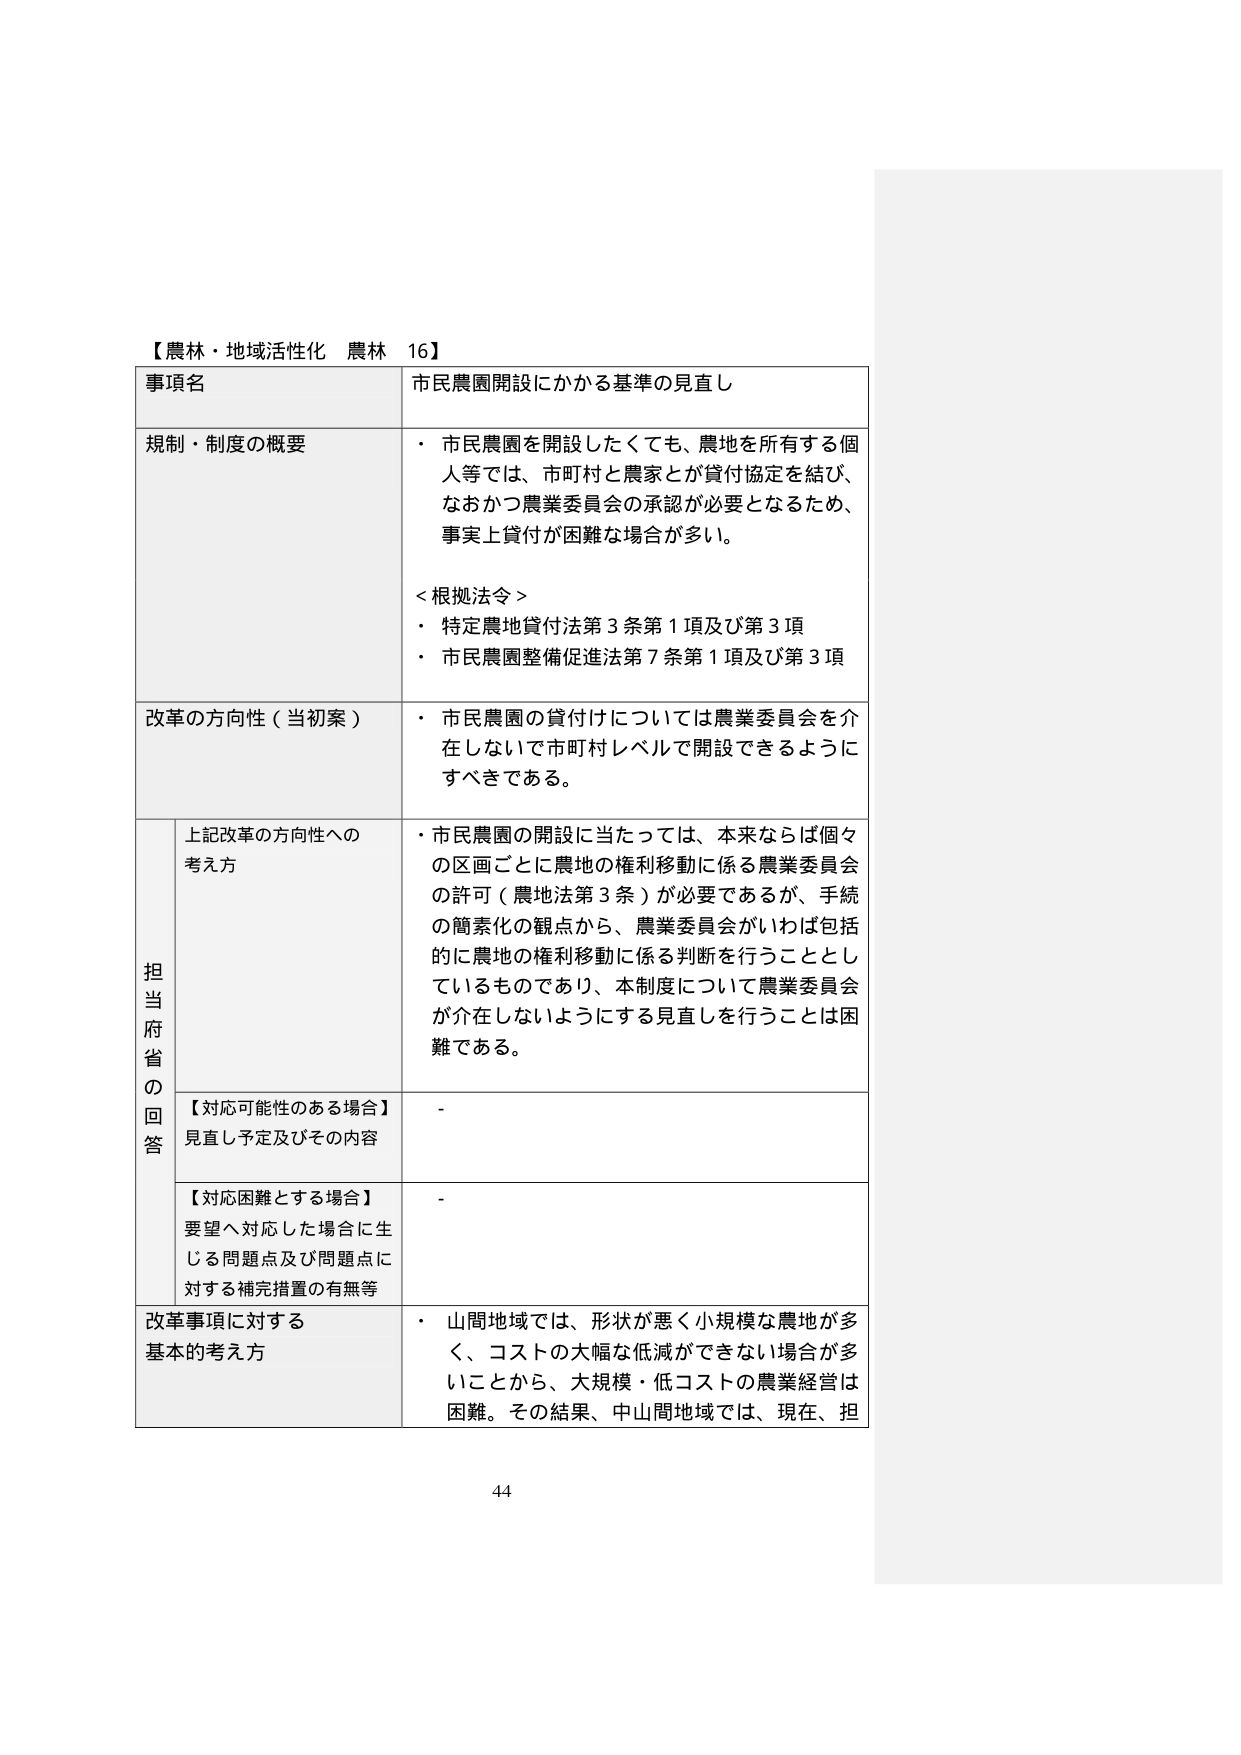
【農林・地域活性化 農林 16】

事項名 市民農園開設にかかる基準の見直し

規制・制度の概要
・ 市民農園を開設したくても、農地を所有する個人等では、市町村と農家とが貸付協定を結び、なおかつ農業委員会の承認が必要となるため、事実上貸付が困難な場合が多い。

＜根拠法令＞
・ 特定農地貸付法第3条第1項及び第3項
・ 市民農園整備促進法第7条第1項及び第3項

改革の方向性（当初案）
・ 市民農園の貸付けについては農業委員会を介在しないで市町村レベルで開設できるようにすべきである。

担当府省の回答
上記改革の方向性への考え方
・ 市民農園の開設に当たっては、本来ならば個々の区画ごとに農地の権利移動に係る農業委員会の許可（農地法第3条）が必要であるが、手続の簡素化の観点から、農業委員会がいわば包括的に農地の権利移動に係る判断を行うこととしているものであり、本制度について農業委員会が介在しないようにする見直しを行うことは困難である。

【対応可能性のある場合】
見直し予定及びその内容
-

【対応困難とする場合】
要望へ対応した場合に生じる問題点及び問題点に対する補完措置の有無等
-

改革事項に対する基本的考え方
・ 山間地域では、形状が悪く小規模な農地が多く、コストの大幅な低減ができない場合が多いことから、大規模・低コストの農業経営は困難。その結果、中山間地域では、現在、担

44